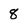
Character: 8